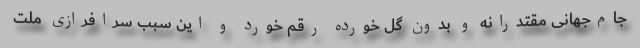
جام‌جهانی مقتدرانه و بدون گل خورده رقم خورد و این سبب سرافرازی ملت